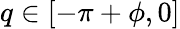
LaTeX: q\in[-\pi+\phi,0]